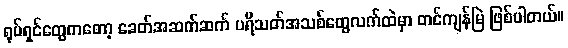
ရုပ်ရှင်တွေကတော့ ခေတ်အဆက်ဆက် ပရိသတ်အသစ်တွေလက်ထဲမှာ တင်ကျန်မြဲ ဖြစ်ပါတယ်။